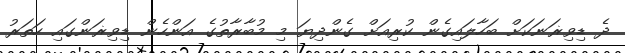
ދެ ޑިވިޜަނަކަށް ބަހާލައިގެން ކުރިއަށް ގެންދިޔަ މި މުބާރާތުގެ އަންހެން ޑިވިޜަންގައި ހަތަރު